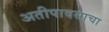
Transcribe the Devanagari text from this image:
अतीपावसाचा